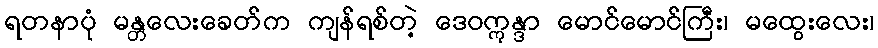
ရတနာပုံ မန္တလေးခေတ်က ကျန်ရစ်တဲ့ ဒေဝဣန္ဒာ မောင်မောင်ကြီး၊ မထွေးလေး၊